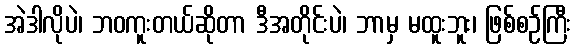
အဲဒါလိုပဲ၊ ဘဝကူးတယ်ဆိုတာ ဒီအတိုင်းပဲ၊ ဘာမှ မထူးဘူး၊ ဖြစ်စဉ်ကြီး